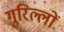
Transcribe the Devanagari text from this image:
गुरिल्लों